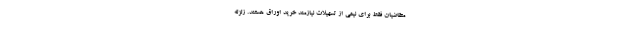
متقاضیان فقط برای نیمی از تسهیلات نیازمند خرید اوراق هستند. زلزله